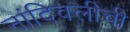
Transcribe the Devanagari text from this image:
नांदिवलीची